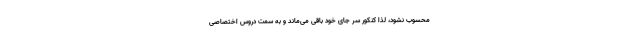
محسوب نشود، لذا کنکور سر جای خود باقی می‌ماند و به سمت دروس اختصاصی